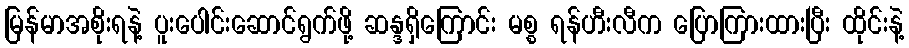
မြန်မာအစိုးရနဲ့ ပူးပေါင်းဆောင်ရွက်ဖို့ ဆန္ဒရှိကြောင်း မစ္စ ရန်ဟီးလီက ပြောကြားထားပြီး ထိုင်းနဲ့